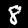
Label: 8